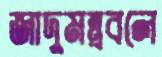
জাদুমন্ত্রবলে